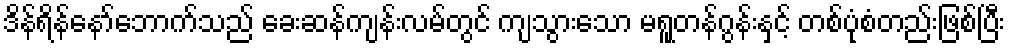
ဒိန်ရိန်နော်ဘောက်သည် ခေးဆန်ကျန်းလမ်တွင် ကျသွားသော မရူတန်ဂွန်းနှင့် တစ်ပုံစံတည်းဖြစ်ပြီး